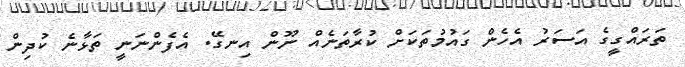
ތަރައްގީގެ އަސަރު އެހެން ގައުމުތަކަށް ކުރާތަނެއް ނޫން އިނގޭ. އެފެންނަނީ ތަޅާނެ ކުދިން